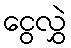
ငွေလွှဲ